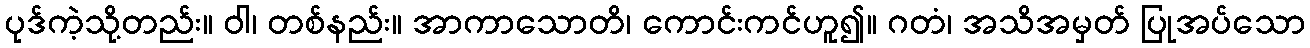
ပုဒ်ကဲ့သို့တည်း။ ဝါ၊ တစ်နည်း။ အာကာသောတိ၊ ကောင်းကင်ဟူ၍။ ဂတံ၊ အသိအမှတ် ပြုအပ်သော